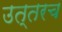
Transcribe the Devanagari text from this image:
उत्तरच